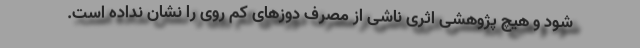
شود و هیچ پژوهشی اثری ناشی از مصرف دوزهای کم روی را نشان نداده است.